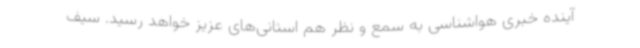
آینده خبری هواشناسی به سمع و نظر هم استانی‌های عزیز خواهد رسید. سیف